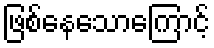
ဖြစ်နေသောကြောင့်